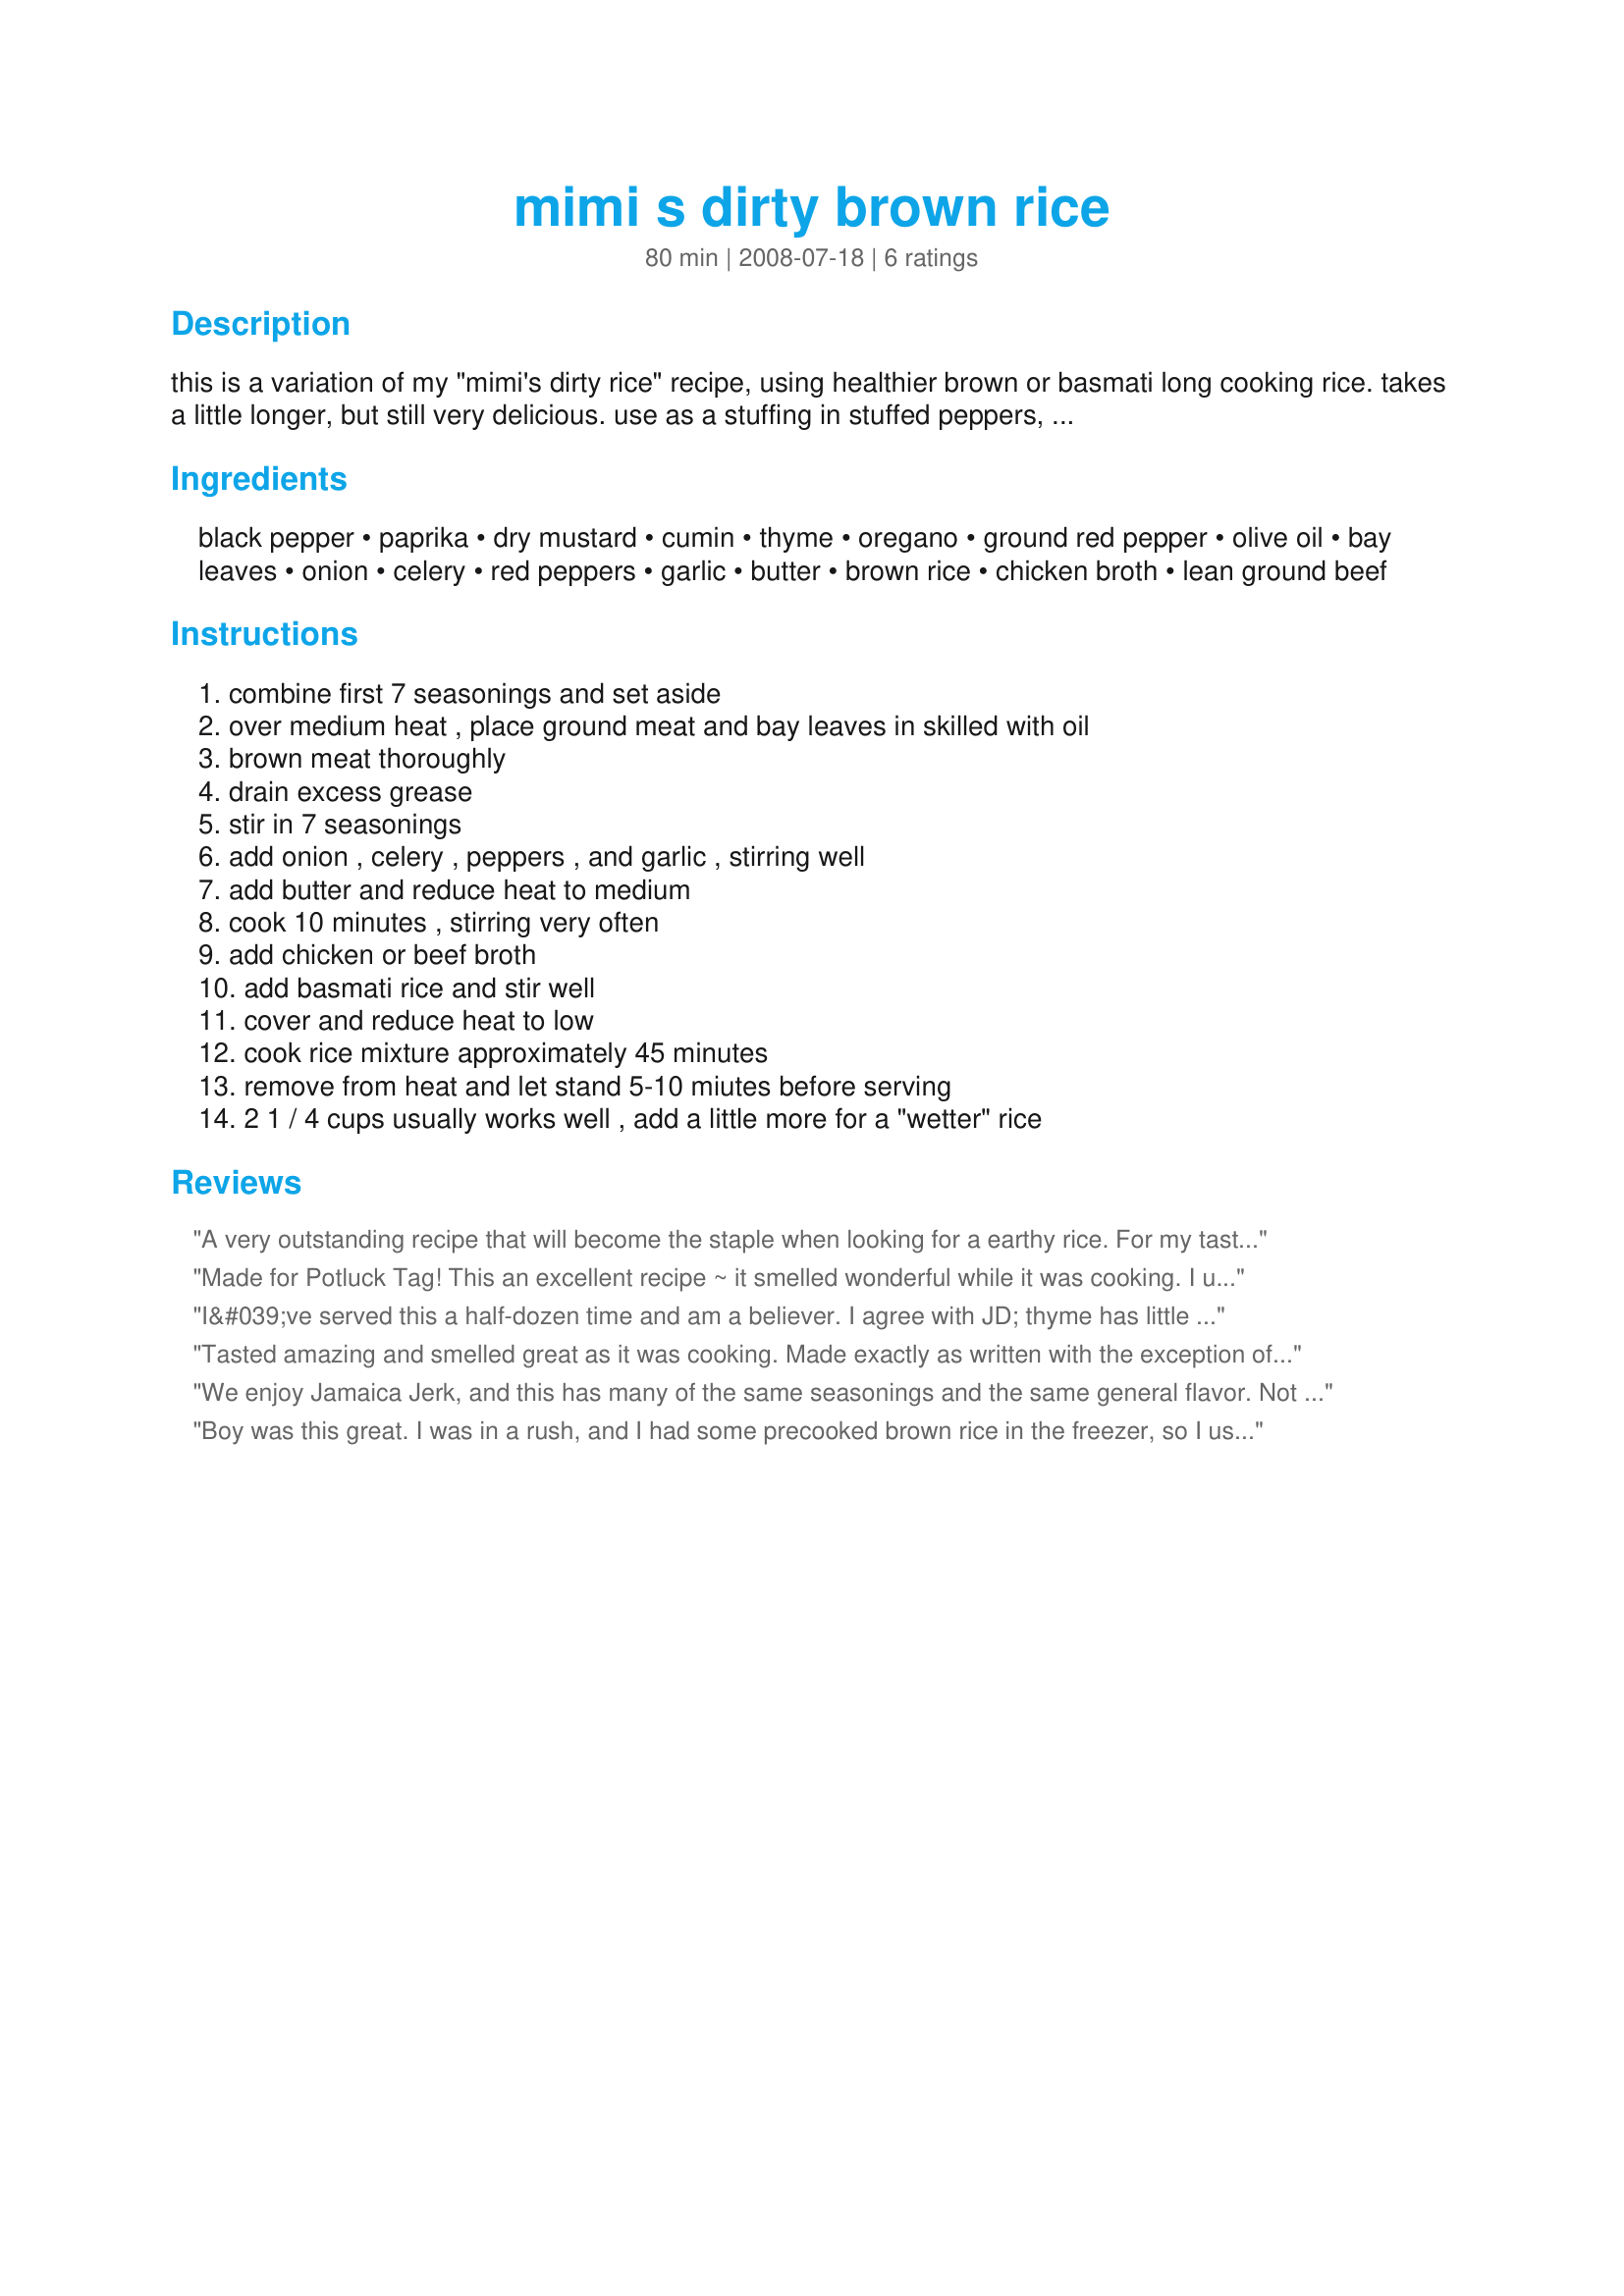
mimi s dirty brown rice
Preparation time: 80 minutes

this is a variation of my "mimi's dirty rice" recipe, using healthier brown or basmati long cooking rice. takes a little longer, but still very delicious.

use as a stuffing in stuffed peppers, or serve with a green salad. we like this in stuffed peppers, with some jack cheese melted on top.

Ingredients:
black pepper, paprika, dry mustard, cumin, thyme, oregano, ground red pepper, olive oil, bay leaves, onion, celery, red peppers, garlic, butter, brown rice, chicken broth, lean ground beef

Steps:
combine first 7 seasonings and set aside, over medium heat , place ground meat and bay leaves in skilled with oil, brown meat thoroughly, drain excess grease, stir in 7 seasonings, add onion , celery , peppers , and garlic , stirring well, add butter and reduce heat to medium, cook 10 minutes , stirring very often, add chicken or beef broth, add basmati rice and stir well, cover and reduce heat to low, cook rice mixture approximately 45 minutes, remove from heat and let stand 5-10 miutes before serving, 2 1 / 4 cups usually works well , add a little more for a "wetter" rice

Reviews:
A very outstanding recipe that will become the staple when looking for a earthy rice. For my taste I would cut the thyme back a little or omit all together. Wonderful recipe... thanks for sharing
Made for Potluck Tag! This an excellent recipe ~ it smelled wonderful while it was cooking. I used ground turkey instead of beef as that's what I had. Will definitely make this again. I could see where this would also be good with some red or black beans added in place of some of the meat. Thanks for posting this FloridaNative!
I&#039;ve served this a half-dozen time and am a believer. I agree with JD; thyme has little or no place in this dish. My family loved it immediately. Albeit, a couple days after my first preparation effort, I rolled the leftovers into burritos for a quick weeknight meal. Perfect! We now make it only as a burrito filling--often. My entire family thanks you FloridaNative for posting.
Tasted amazing and smelled great as it was cooking. Made exactly as written with the exception of using long grain white rice, which turned out fine.
We enjoy Jamaica Jerk, and this has many of the same seasonings and the same general flavor. Not much to look at, but very tasty and filling! For meat I used pork sausage in place of ground beef, and because I'm so sensitive, I put in less cayenne. I also used smokey paprika. Ours came out "saucy" rather than "fluffy" which was quite allright. Made for ZWT5.
Boy was this great. I was in a rush, and I had some precooked brown rice in the freezer, so I used that and only 1 cup of broth and let it simmer for about 20 mins. The mix of flavors was wonderful, I thought the spice was just right, DH thought it was on the spicy side. I also served this over sauted cabbage, tasted like a cabbage roll. YUMM. Made for football tag week #6.
